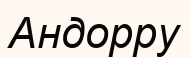
Андорру